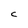
Character: C